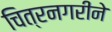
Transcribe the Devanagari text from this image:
चित्रनगरीने